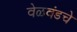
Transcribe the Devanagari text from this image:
वेळवंडचे